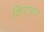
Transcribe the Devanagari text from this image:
शिरातय